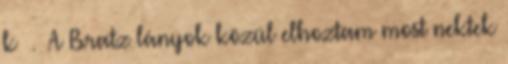
k . A Bratz lányok közül elhoztam most nektek